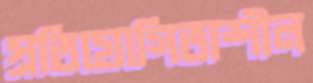
প্রতিযোগিতাশীল